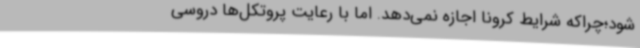
شود؛چراکه شرایط کرونا اجازه نمی‌دهد. اما با رعایت پروتکل‌ها دروسی